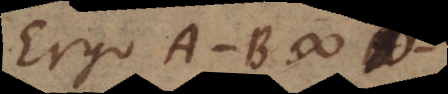
Ergo B #